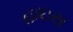
હાઇસ